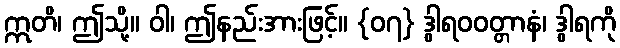
ဣတိ၊ ဤသို့။ ဝါ၊ ဤနည်းအားဖြင့်။ {၀၇} ဒွါရဝဝတ္တာနံ၊ ဒွါရကို